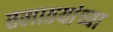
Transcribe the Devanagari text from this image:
तलाठयांच्या